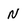
Character: N